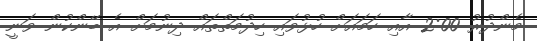
މެންދުރު 2:00 އާއި ހަމައަށް ހުޅުވައި ހިދުމަތްތައް ދިނުމަށް އެ ބޭންކުން ވަނީ